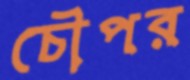
চৌপর